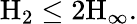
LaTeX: \mathrm{H}_{2}\leq 2\mathrm{H}_{\infty}.